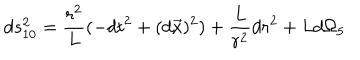
LaTeX: d s _ { 1 0 } ^ { 2 } = \frac { r ^ { 2 } } { L } ( - d t ^ { 2 } + ( d \vec { x } ) ^ { 2 } ) + \frac { L } { r ^ { 2 } } d r ^ { 2 } + L d \Omega _ { 5 }